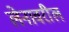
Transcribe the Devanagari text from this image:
लेनावरील